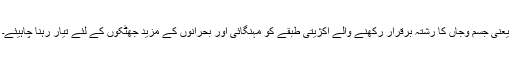
یعنی جسم وجاں کا رشتہ برقرار رکھنے والے اکژیتی طبقے کو مہنگائی اور بحرانوں کے مزید جھٹکوں کے لئے تیار رہنا چاہیئے۔